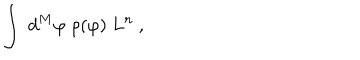
\int \ d ^ { M } \varphi \ \rho ( \varphi ) \ L ^ { n } \ ,